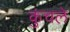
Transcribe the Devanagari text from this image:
कुंचले